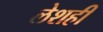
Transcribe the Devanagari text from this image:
लेशही